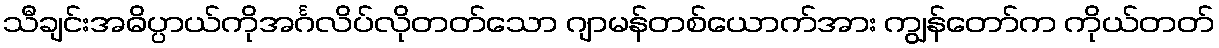
သီချင်းအဓိပ္ပာယ်ကိုအင်္ဂလိပ်လိုတတ်သော ဂျာမန်တစ်ယောက်အား ကျွန်တော်က ကိုယ်တတ်